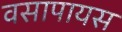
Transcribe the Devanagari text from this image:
वसापायस